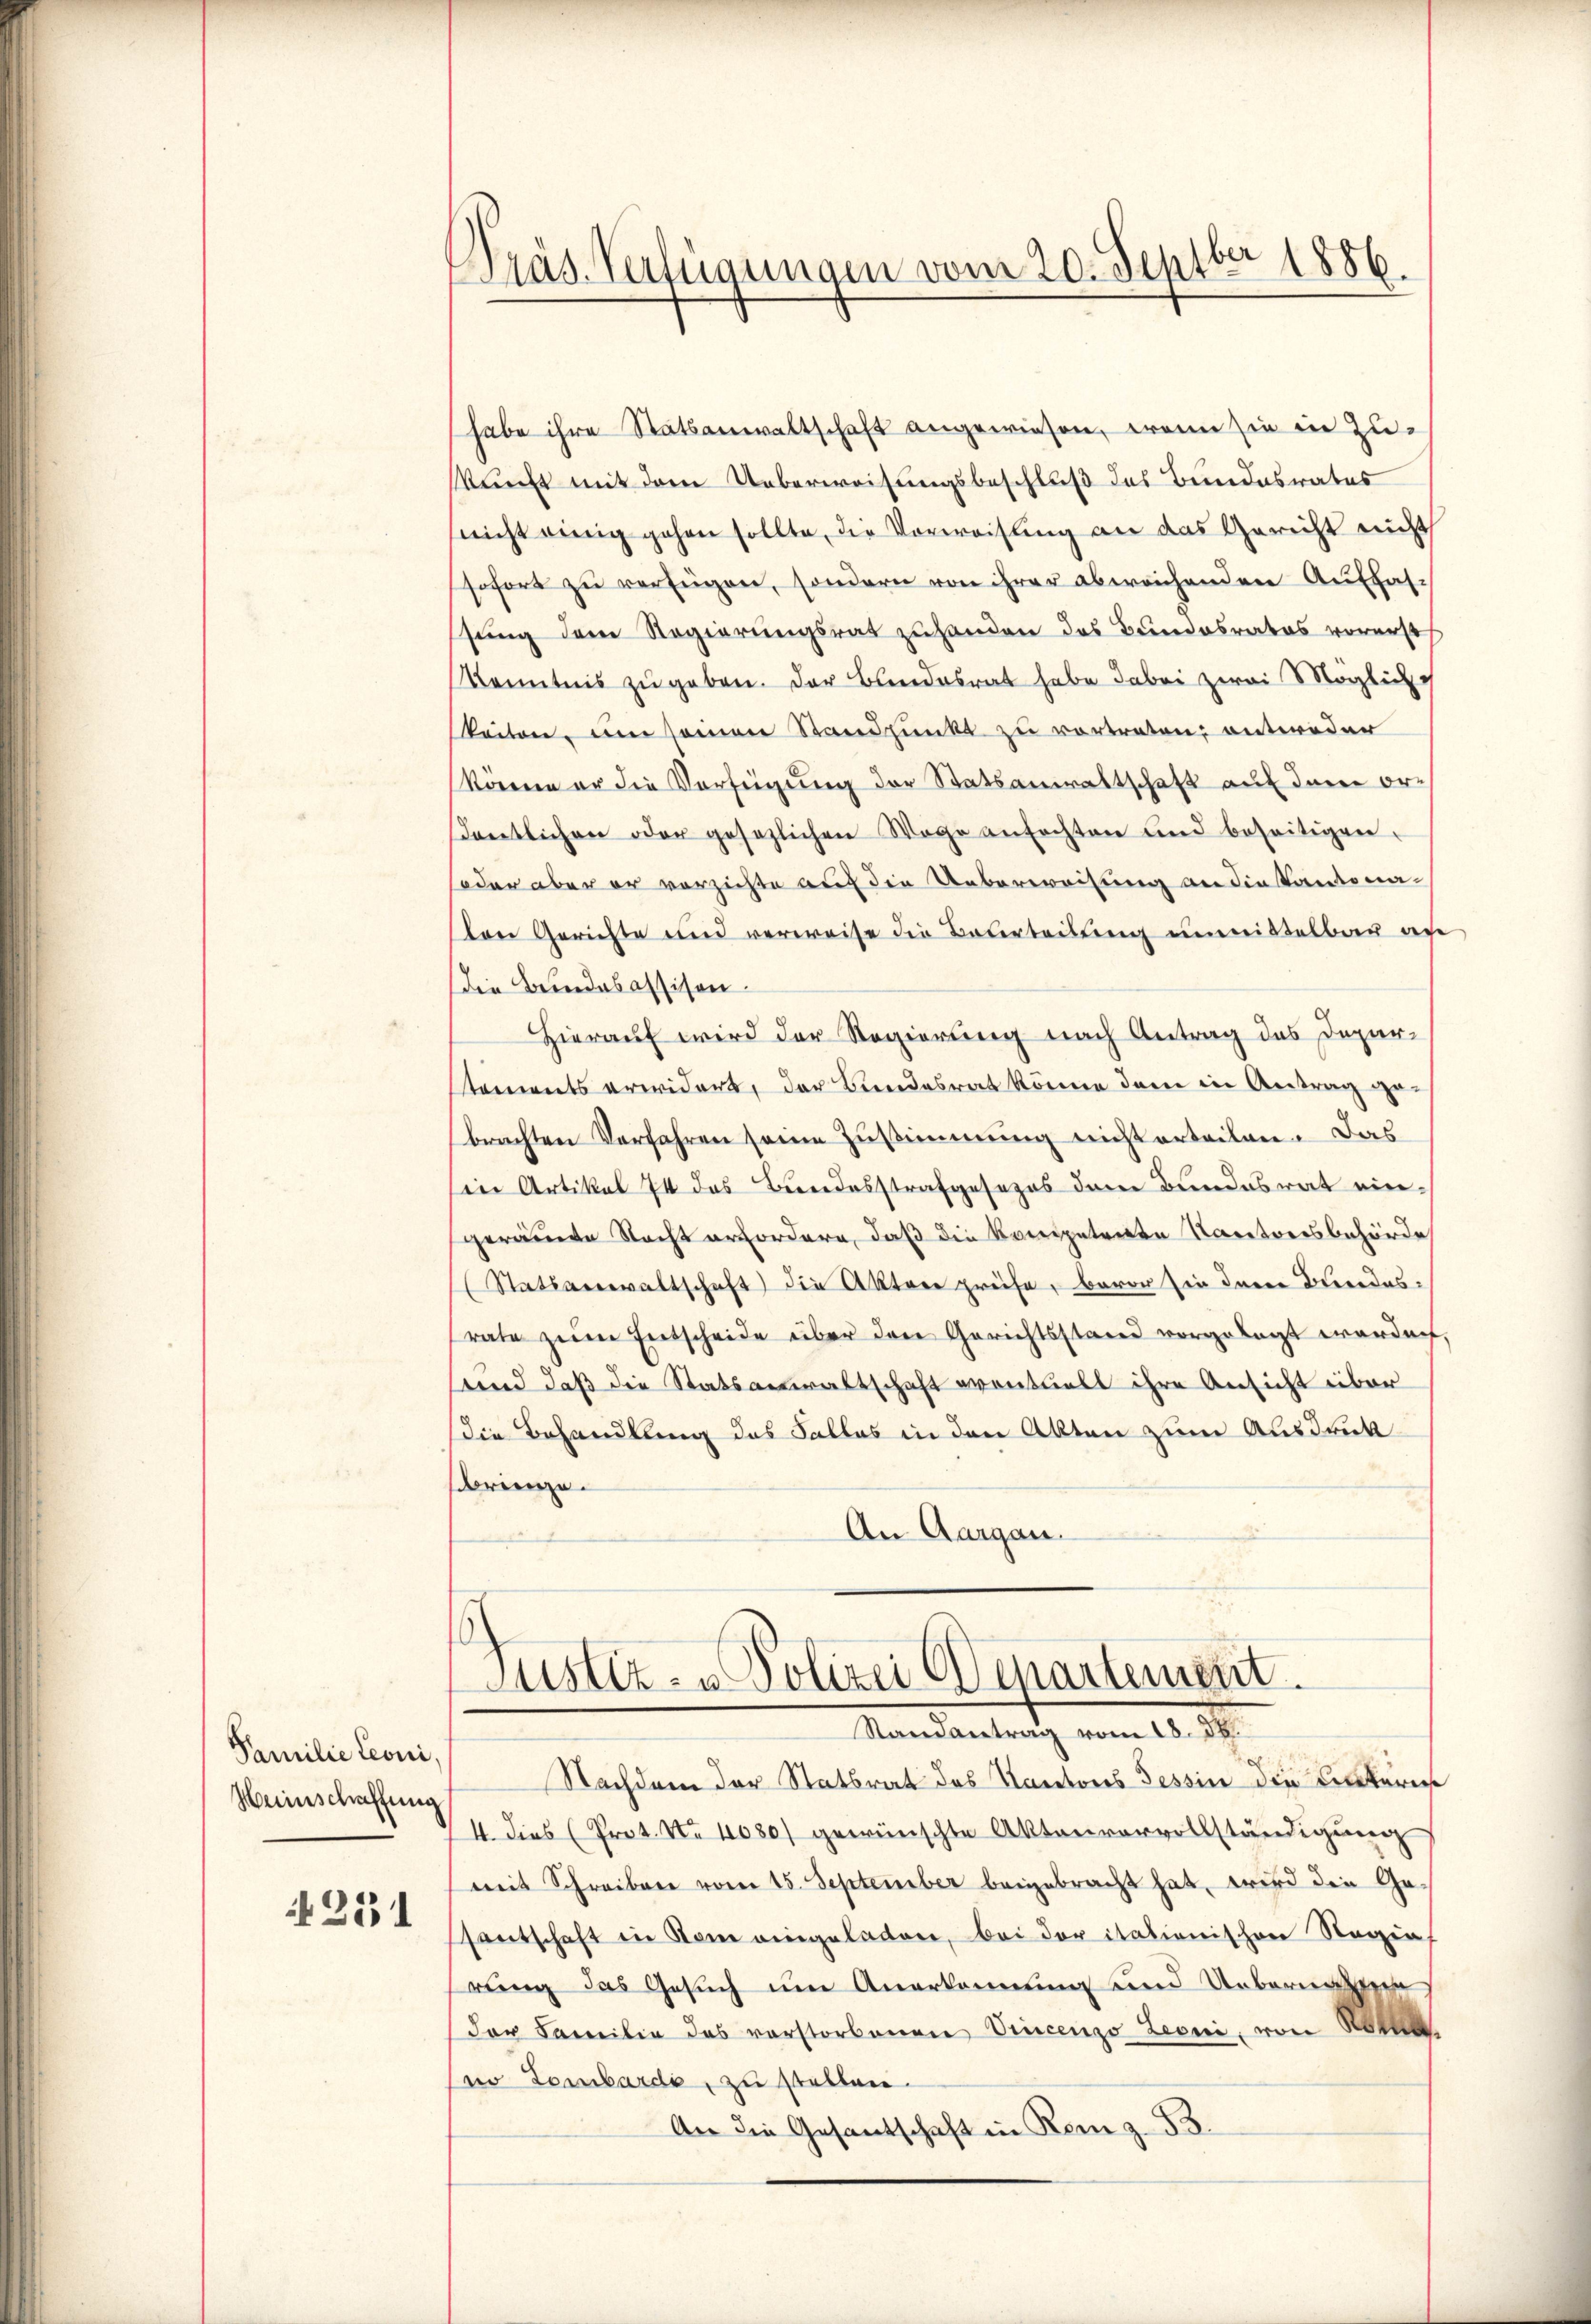
Familie Leoni,
Heiischaffung

251

Präs. Verfügungen vom 20. Septber 1886.

habe ihre Statsanwaltschaft angewiesen, wenn sie in Zuskunft mit dem Ueberweisungsbeschluß des Bundesrates
(nicht einig gehen sollte, die Vorweisung an das Gericht nicht
sofort zŭ verfügen, sondern von ihrer abweichenden Auffas-
stung dem Regierungsrat zuhanden das Bundesrates vorerst
Kenntnis zŭgeben. Der Bundesrat habe dabei zwei Möglich
keiten, um seiner Standpunkt zu vortreten, entweder
können er die Verfügung der Statsanwaltschaft auf dem ordentlichen oder gesezlichen Wege anfochten und beseitigen.
oder aber er verzichte auch die Ueberweisung an die Kantonalen Gerichte und verweise die Beurteilung unmittelbar au
die Beindabassisen.
Hierauf wird der Regierung nach Antrag des Depar-
tements erwidert, der Bundesrat können der in Antrag gebrachten Verfahren seine Zustimmung nicht erteilen. Das
sin Artikel 74 des Bundesstrafgesezes dem Bundesrat eingeräumte Nacht erfordern, daß die kompetrete Kartoersbehörde
Statsanwaltschaft) die Akten prüfe, Baron sei deren Bereidesrate zum Entscheide über den Gerichtsstand vorgelegt worden,
sund daß die Statsanwaltschaft eventuell ihre Ansicht über
die Behandlung des Falles in den Akten zum Ausdruck
sbrienze.
An Aargau.
Justiz- u Polizei Departement.
Randantrag vom 18. d.
Nachdem der Statsrat des Kantons Tessin die Ankeri
4. dies (Prot. No 4080) gewünschte Aktenvorvollständigung
mit Schreiben vom 15. September beigebracht hat, wird die Gesantschaft in dem eingeladen, bei der italionischen Regin
rung das Gesuch um Anerkennung und Uebernann
(der Familie das vorstorbenen Vincenzo Leoni, von Roten
no Lombarde, zu stellen.
An die Gesantschaft in Rom z. 53.